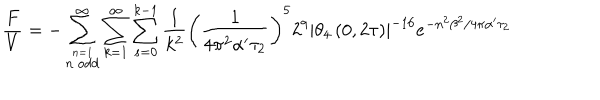
\frac { F } { V } = - \sum _ { \stackrel { n = 1 } { n ~ \mathrm { o d d } } } ^ { \infty } \sum _ { k = 1 } ^ { \infty } \sum _ { s = 0 } ^ { k - 1 } \frac { 1 } { k ^ { 2 } } \left( \frac { 1 } { 4 \pi ^ { 2 } \alpha ^ { \prime } \tau _ { 2 } } \right) ^ { 5 } 2 ^ { 9 } \left| \theta _ { 4 } \left( 0 , 2 \tau \right) \right| ^ { - 1 6 } e ^ { - n ^ { 2 } \beta ^ { 2 } / 4 \pi \alpha ^ { \prime } \tau _ { 2 } }